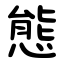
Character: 態